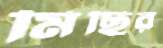
মিছির